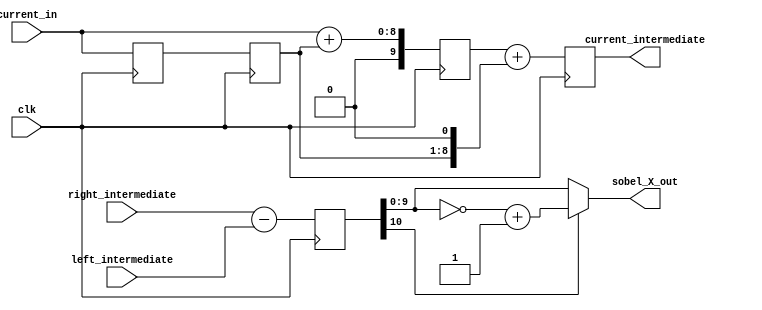
`timescale 1ns / 1ps
//////////////////////////////////////////////////////////////////////////////////
// Company: 
// Engineer: 
// 
// Design Name: 
// Module Name: sequential_sobel_X
// Project Name: 
// Target Devices: 
// Tool Versions: 
// Description: 
// 
// Dependencies: 
// 
// Revision:
// Revision 0.01 - File Created
// Additional Comments:
// 
//////////////////////////////////////////////////////////////////////////////////


module sequential_sobel_X(
    input [7:0] current_in,
    input [9:0] left_intermediate,
    input [9:0] right_intermediate,
    output reg [9:0] current_intermediate,
    output [9:0] sobel_X_out,
    input clk
    );
    reg [7:0] shift_add_reg [1:0];
    reg [9:0] add_reg;
    reg [10:0] sobel_X_signed;
    always @(posedge clk) begin
        shift_add_reg[0] <= current_in;
        shift_add_reg[1] <= shift_add_reg[0];
        add_reg <= current_in + shift_add_reg[1];
        current_intermediate <= add_reg + {shift_add_reg[1], 1'b0};
        
        sobel_X_signed <= right_intermediate - left_intermediate;
    end
    assign sobel_X_out = sobel_X_signed[10]?~sobel_X_signed[9:0]+1:sobel_X_signed[9:0];
endmodule